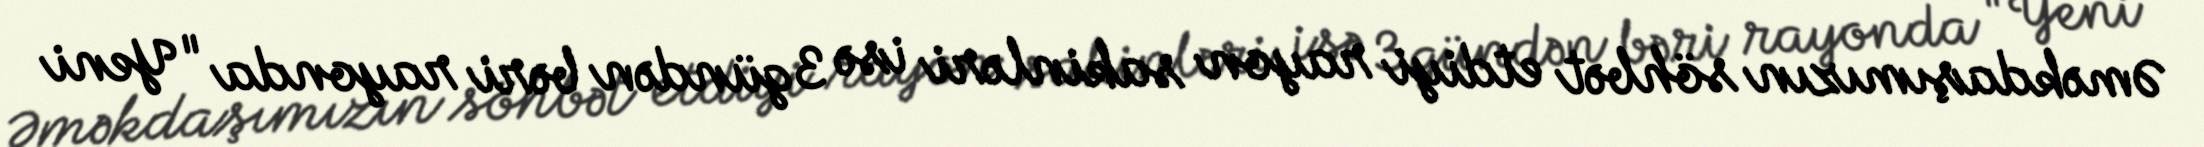
Əməkdaşımızın söhbət etdiyi rayon sakinləri isə 3 gündən bəri rayonda "Yeni